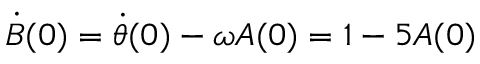
\Dot { B } ( 0 ) = \Dot { \theta } ( 0 ) - \omega A ( 0 ) = 1 - 5 A ( 0 )